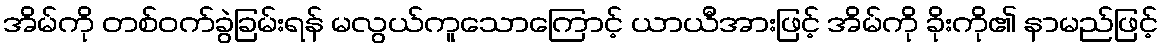
အိမ်ကို တစ်ဝက်ခွဲခြမ်းရန် မလွယ်ကူသောကြောင့် ယာယီအားဖြင့် အိမ်ကို ခိုးကို၏ နာမည်ဖြင့်